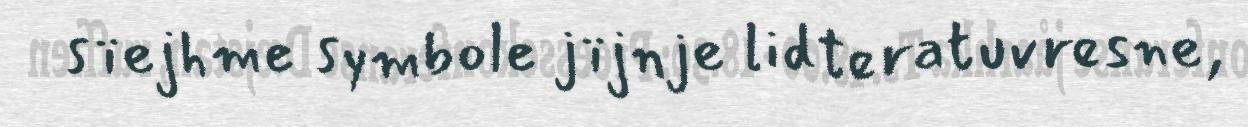
sïejhme symbole jïjnje lidteratuvresne,